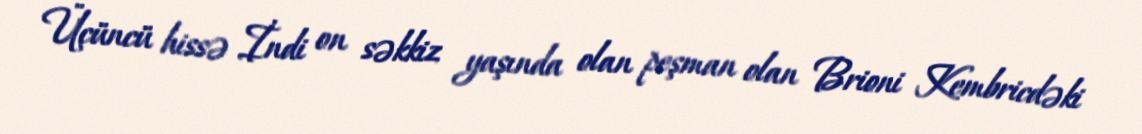
Üçüncü hissə İndi on səkkiz yaşında olan peşman olan Brioni Kembricdəki